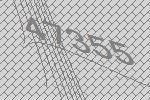
47355